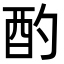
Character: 酌